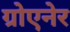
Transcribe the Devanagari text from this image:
ग्रोएनेर